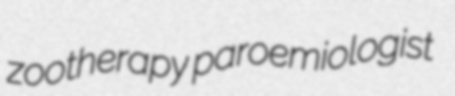
zootherapy paroemiologist